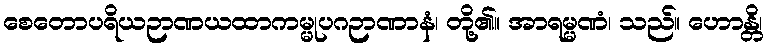
စေတောပရိယဉာဏယထာကမ္မုပဂဉာဏာနံ၊ တို့၏။ အာရမ္မဏံ၊ သည်။ ဟောန္တိ၊